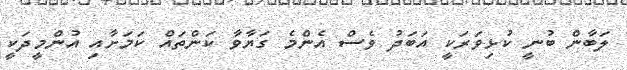
ލަބާން ބުނީ ކުޅިވަރަކީ އަބަދު ވެސް އެންމެ ގަޔާވާ ކަންތައް ކަމަށާއި އުންމީދަކީ